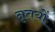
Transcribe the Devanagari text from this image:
नृतयों